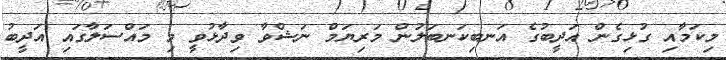
މިކަމާއި ގުޅިގެން އަދީބުގެ އަނބިކަނބަލުން މަރިޔަމް ނަޝްވާ ވިދާޅުވީ މި މައްސަލާގައި އަދީބު